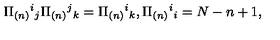
\Pi _ { ( n ) } { } ^ { i } { } _ { j } \Pi _ { ( n ) } { } ^ { j } { } _ { k } = \Pi _ { ( n ) } { } ^ { i } { } _ { k } , \Pi _ { ( n ) } { } ^ { i } { } _ { i } = N - n + 1 ,